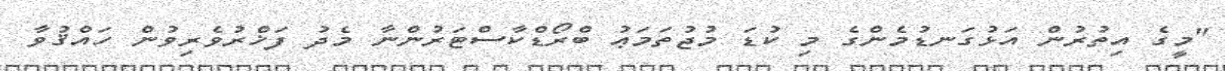
"މީގެ އިތުރުން އަޅުގަނޑުމެންގެ މި ކުޑަ މުޖުތަމަޢު ބްރޯޑްކާސްޓަރުންނާ މެދު ފަޚްރުވެރިވުން ހައްޤުވާ